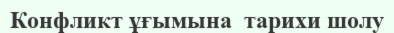
Конфликт ұғымына  тарихи шолу